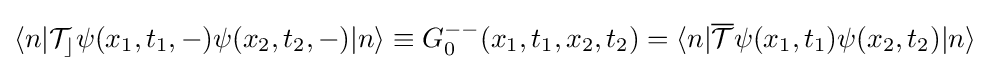
\langle n|{\mathcal {T_{c}}}\psi (x_{1},t_{1},-)\psi (x_{2},t_{2},-)|n\rangle \equiv G_{0}^{--}(x_{1},t_{1},x_{2},t_{2})=\langle n|{\mathcal {\overline {T}}}\psi (x_{1},t_{1})\psi (x_{2},t_{2})|n\rangle